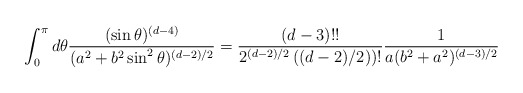
\begin{align*} \int_0^\pi d\theta {(\sin\theta)^{(d-4)}\over (a^2+b^2\sin^2\theta)^{(d-2)/2}}={(d-3)!!\over 2^{(d-2)/2}\left((d-2)/2)\right)!} {1\over a(b^2+a^2)^{(d-3)/2}}\end{align*}